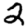
Digit: 2